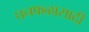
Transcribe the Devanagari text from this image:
घनफळासाठी